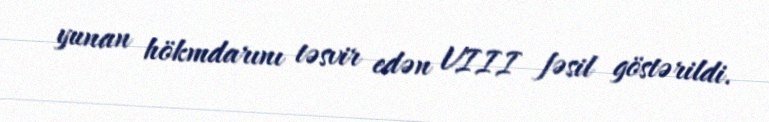
yunan hökmdarını təsvir edən VIII fəsil göstərildi.